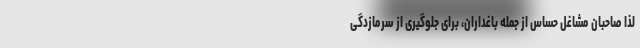
لذا صاحبان مشاغل حساس از جمله باغداران، برای جلوگیری از سرمازدگی